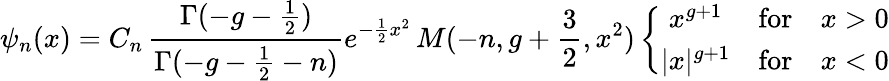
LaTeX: \psi_{n}(x)=C_{n}\, \frac{\Gamma(-g-{\frac{1}{2}})}{\Gamma(-g-{\frac{1}{2}}-n)}e^{-{\frac{1}{2}}x^{2}}\, M(-n,g+{\frac{3}{2}},x^{2})\left\{ \begin{array}{cll}{{x^{g+1}}}&{{\mathrm{for}}}&{{x>0}}\\ {{|x|^{g+1}}}&{{\mathrm{for}}}&{{x<0}}\end{array}\right.